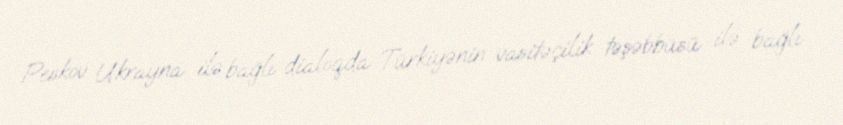
Peskov Ukrayna ilə bağlı dialoqda Türkiyənin vasitəçilik təşəbbüsü ilə bağlı